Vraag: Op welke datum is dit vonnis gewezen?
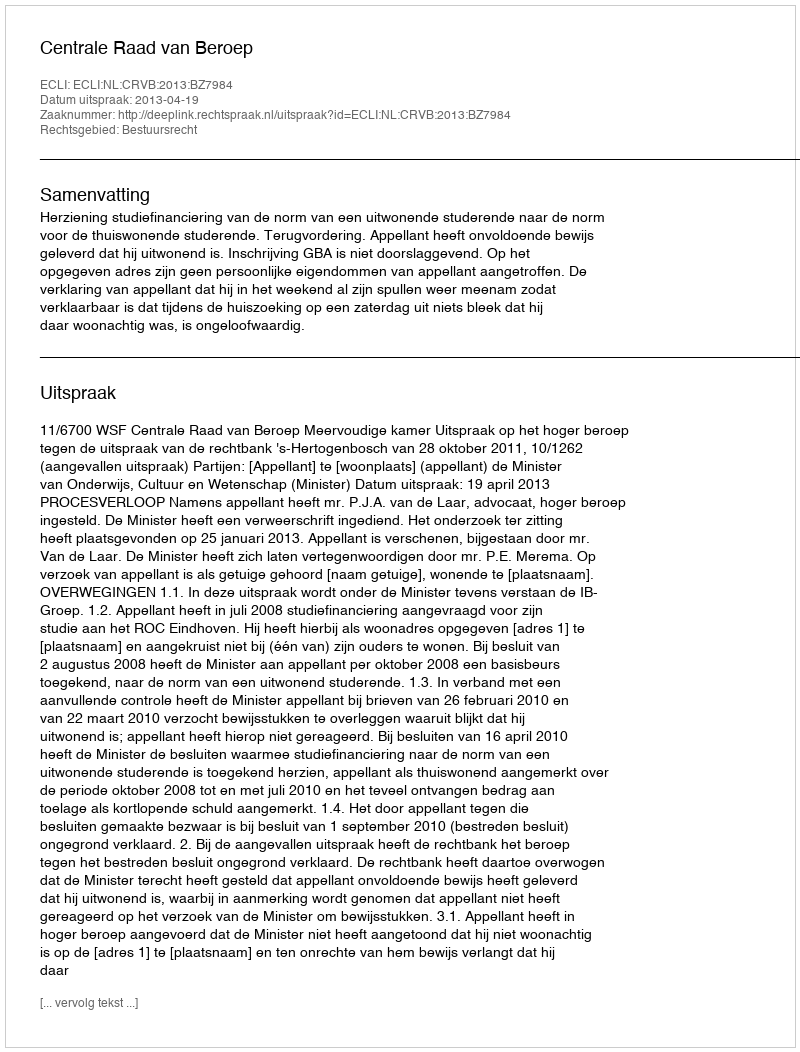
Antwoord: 2013-04-19